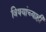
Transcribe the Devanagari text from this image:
विषयांच्याही